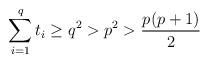
LaTeX: \begin{align*}\sum_{i = 1}^qt_i \geq q^2 > p^2 > \frac{p(p+1)}{2} \end{align*}